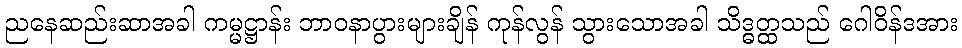
ညနေဆည်းဆာအခါ ကမ္မဋ္ဌာန်း ဘာဝနာပွားများချိန် ကုန်လွန် သွားသောအခါ သိဒ္ဓတ္ထသည် ဂေါဝိန်ဒအား